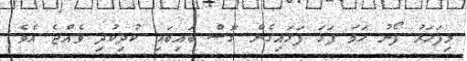
މިފަހަރު ފޯނު ހަމަ ފަޅަ ފަޅައިގެން ގޮސް ބައިބައި ކުދިކުދި ވެއްޖެ އެވެ.